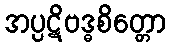
အပ္ပဋိဗဒ္ဓစိတ္တော